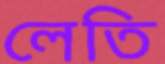
লেতি